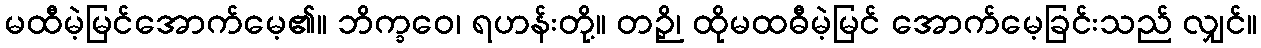
မထီမဲ့မြင်အောက်မေ့၏။ ဘိက္ခဝေ၊ ရဟန်းတို့။ တဉှိ၊ ထိုမထဓီမဲ့မြင် အောက်မေ့ခြင်းသည် လျှင်။